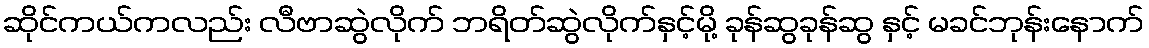
ဆိုင်ကယ်ကလည်း လီဗာဆွဲလိုက် ဘရိတ်ဆွဲလိုက်နှင့်မို့ ခုန်ဆွခုန်ဆွ နှင့် မခင်ဘုန်းနောက်